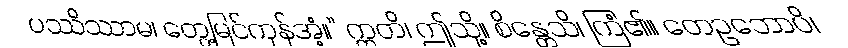
ပဿိဿာမ၊ တွေ့မြင်ကုန်အံ့။” ဣတိ၊ ဤသို့။ စိန္တေသိ၊ ကြံ၏။ တေဥဘောပိ၊